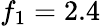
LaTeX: f_{1}=2.4